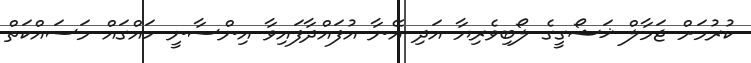
ކުރުމަށް ޖަމާލް ޚަޝޯގީގެ ލޯބިވެރިޔާ އަދި އޭނާ އުފައްދާފައިވާ އިންސާނީ ހައްގައް މަސައްކަތް